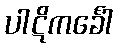
ပါဋိကင်္ခေါ